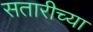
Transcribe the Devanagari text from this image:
सतारीच्या